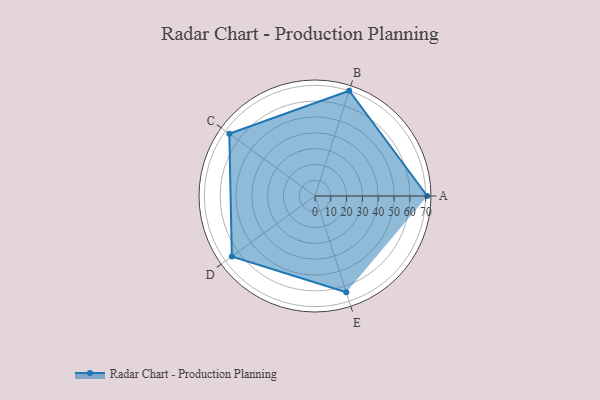
{"axis": {"x": "Skill", "y": "Score"}, "legend": ["Profile"], "data": [{"x": "A", "y": 71.0, "type": "Profile"}, {"x": "B", "y": 70.0, "type": "Profile"}, {"x": "C", "y": 67.0, "type": "Profile"}, {"x": "D", "y": 65.0, "type": "Profile"}, {"x": "E", "y": 64.0, "type": "Profile"}]}